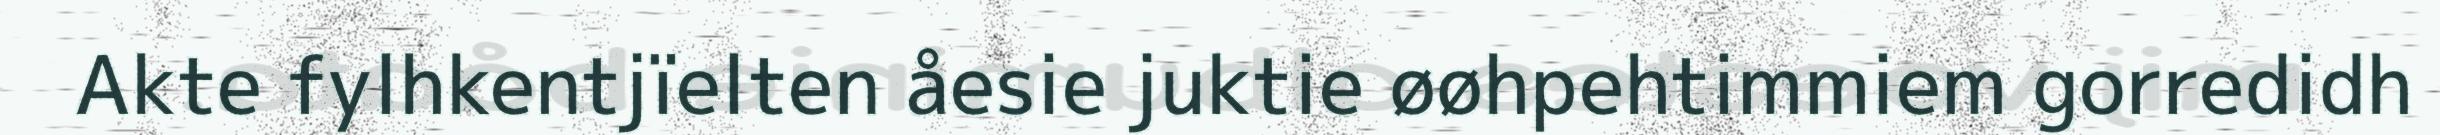
Akte fylhkentjïelten åesie juktie øøhpehtimmiem gorredidh